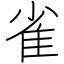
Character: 雀